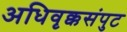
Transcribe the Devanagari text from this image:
अधिवृक्कसंपुट